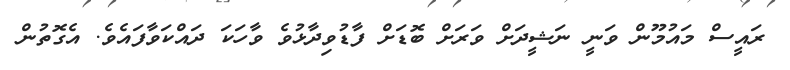
ރައީސް މައުމޫން ވަނީ ނަޝީދަށް ވަރަށް ބޮޑަށް ފާޑުވިދާޅުވެ ވާހަކަ ދައްކަވާފައެވެ. އެގޮތުން